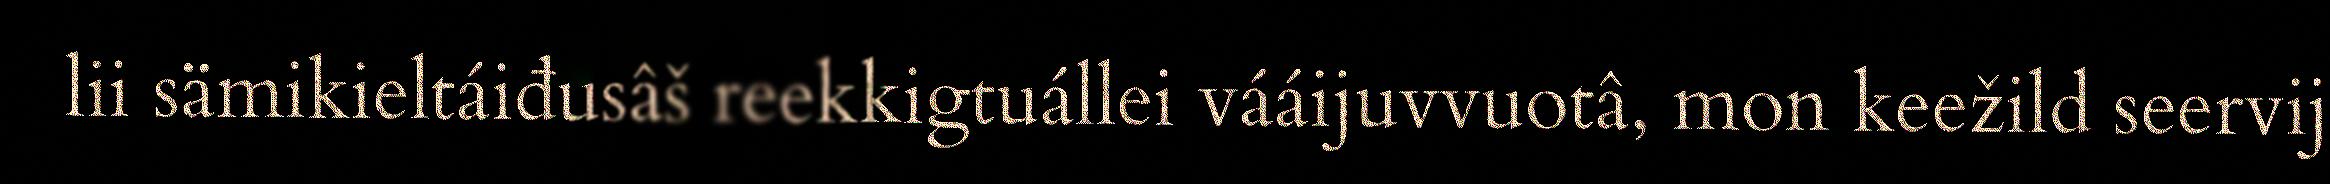
lii sämikieltáiđusâš reekkigtuállei vááijuvvuotâ, mon keežild seervij